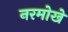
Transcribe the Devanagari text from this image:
नरमोखे